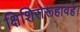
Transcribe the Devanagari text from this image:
क्षिशिरोरूहावहे।